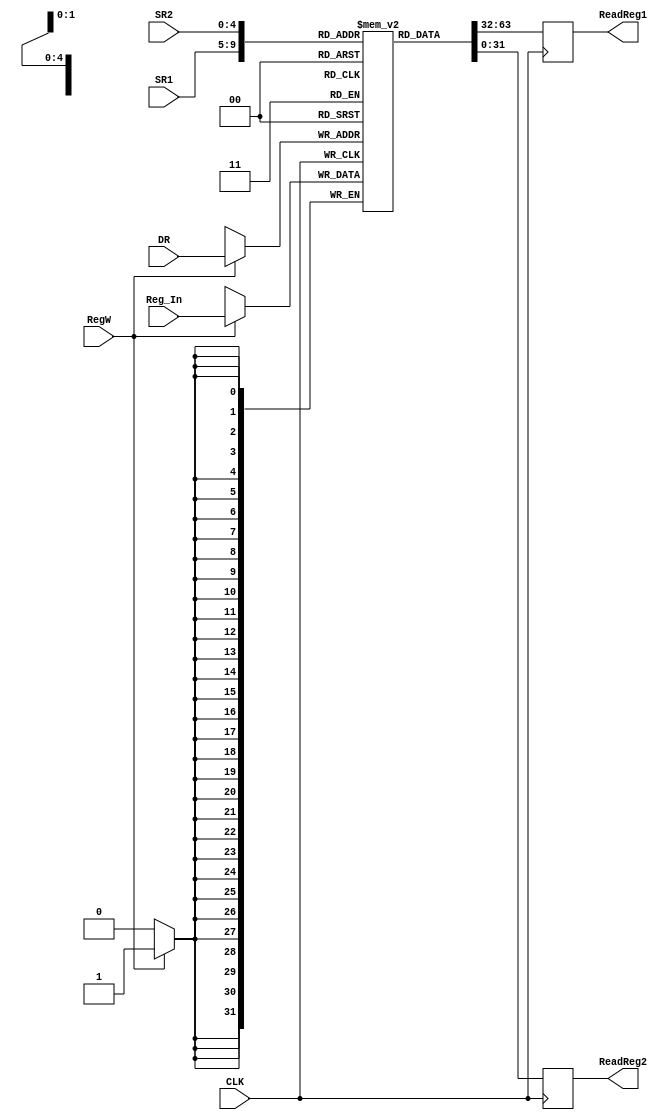
module Register
(
	input CLK,RegW,
	input [4:0] DR, SR1, SR2,
	input [31:0] Reg_In,
	output reg [31:0] ReadReg1, ReadReg2
);

reg [31:0] REG[0:31];
integer i;

initial
begin
	ReadReg1 = 0;
	ReadReg2 = 0;
		for(i = 0; i <32; i = i+1)
		begin
			REG[i] = 0;
		end
end

always @(posedge CLK)
begin
	if(RegW == 1'b1)
		REG[DR] <= Reg_In[31:0];
	ReadReg1 <= REG[SR1];
	ReadReg2 <= REG[SR2];
end
endmodule